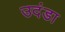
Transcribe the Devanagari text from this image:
उदंडा